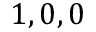
1 , 0 , 0